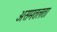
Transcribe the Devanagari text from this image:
असमतलता